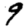
Digit: 9